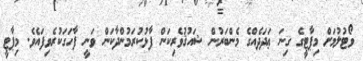
ވޯޓުލުމަށް މިޕާޓީގެ ގިނަ ޢަދަދެއްގެ މެންބަރުން ޝައުޤުވެރިކަން ފާޅުކުރަމުންދާކަން ވަނީ ފާހަގަކުރެވިފައެވެ. މިޕާޓީ